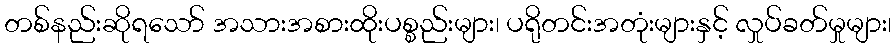
တစ်နည်းဆိုရသော် အသားအစားထိုးပစ္စည်းများ၊ ပရိုတင်းအတုံးများနှင့် လှုပ်ခတ်မှုများ၊